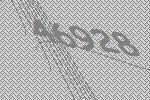
46928